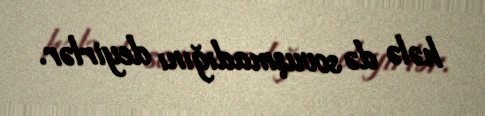
hələ də sovuşmadığını deyirlər.